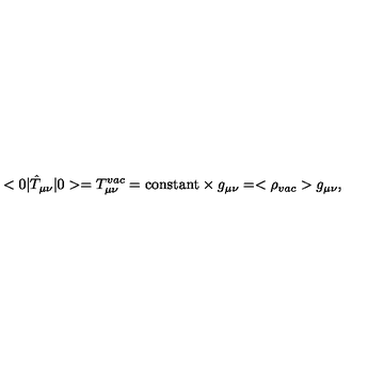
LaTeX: < 0 | \hat { T } _ { \mu \nu } | 0 > = T _ { \mu \nu } ^ { v a c } = \mathrm { c o n s t a n t } \times g _ { \mu \nu } = < \rho _ { v a c } > g _ { \mu \nu } ,